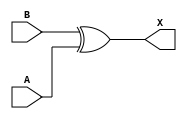
module sky130_fd_sc_lp__xor2_2 (
    X,
    A,
    B
);
    output X;
    input  A;
    input  B;
    wire xor0_out_X;
    xor xor0 (xor0_out_X, B, A           );
    buf buf0 (X         , xor0_out_X     );
endmodule